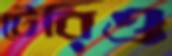
টেরিও